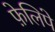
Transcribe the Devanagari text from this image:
फ़ेलिपे